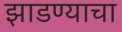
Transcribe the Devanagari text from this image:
झाडण्याचा